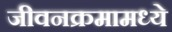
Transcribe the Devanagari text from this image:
जीवनक्रमामध्ये